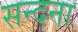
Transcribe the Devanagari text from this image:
सन्दना